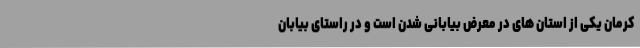
کرمان یکی از استان های در معرض بیابانی شدن است و در راستای بیابان